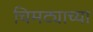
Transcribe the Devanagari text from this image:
चिमट्याच्या